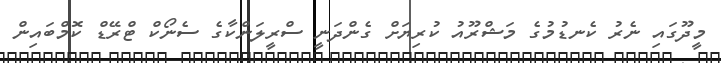
މީދޫގައި ނެރު ކެނޑުމުގެ މަޝްރޫއު ކުރިޔަށް ގެންދަނީ ސްރީލަންކާގެ ސެނޯކް ޓްރޭޑް ކޮމްބައިން